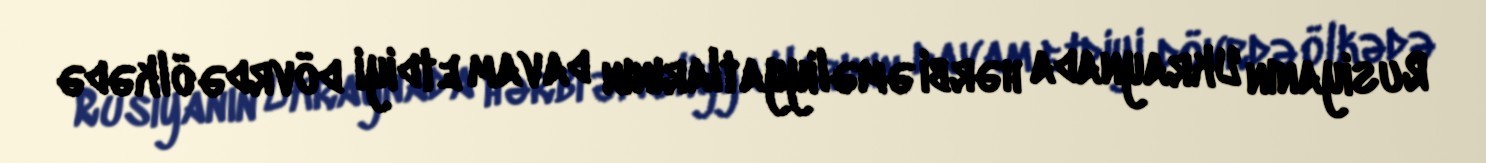
Rusiyanın Ukraynada hərbi əməliyyatlarının davam etdiyi dövrdə ölkədə